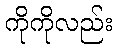
ကိုကိုလည်း